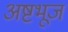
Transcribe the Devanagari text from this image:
अष्टभूज